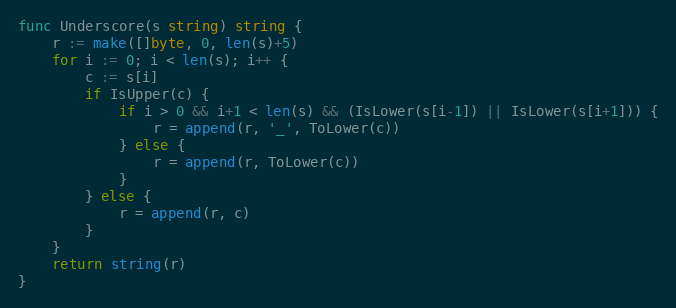
Language: Go
func Underscore(s string) string {
	r := make([]byte, 0, len(s)+5)
	for i := 0; i < len(s); i++ {
		c := s[i]
		if IsUpper(c) {
			if i > 0 && i+1 < len(s) && (IsLower(s[i-1]) || IsLower(s[i+1])) {
				r = append(r, '_', ToLower(c))
			} else {
				r = append(r, ToLower(c))
			}
		} else {
			r = append(r, c)
		}
	}
	return string(r)
}